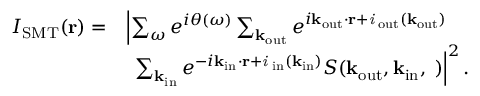
\begin{array} { r l } { I _ { \mathrm { S M T } } ( \bf { r } ) \it = } & { \left| \sum _ { \omega } e ^ { i \theta ( \omega ) } \sum _ { \bf k _ { \mathrm { o u t } } } e ^ { i \bf k _ { \mathrm { o u t } } \cdot \bf { r } + \it i \phi _ { \mathrm { o u t } } ( \bf k _ { \mathrm { o u t } } ) } \right. } \\ & { \, \, \left. \sum _ { \bf k _ { \mathrm { i n } } } e ^ { - i \bf k _ { \mathrm { i n } } \cdot \bf { r } + \it i \phi _ { \mathrm { i n } } ( \bf k _ { \mathrm { i n } } ) } S ( \bf k _ { \mathrm { o u t } } , \bf k _ { \mathrm { i n } } , \omega ) \right| ^ { 2 } . } \end{array}